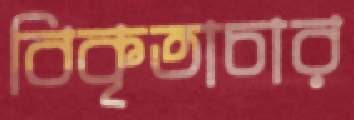
বিকৃতাচার